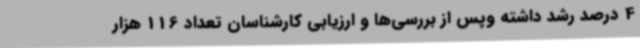
4 درصد رشد داشته وپس از بررسی‌ها و ارزیابی کارشناسان تعداد 116 هزار